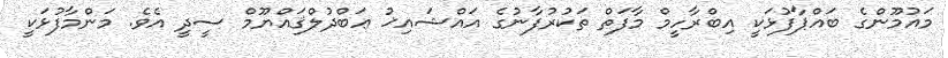
މައުމޫންގެ ބައްޕާފުޅަކީ އިބްރާހީމް މާފަތް ތަކުރުފާނުގެ އައްޝައިޚު ޢަބްދުލްޤައްޔޫމް ސީދީ އެވެ. މަންމާފުޅަކީ